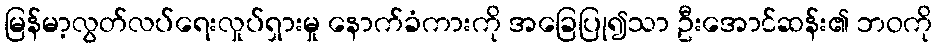
မြန်မာ့လွတ်လပ်ရေးလှုပ်ရှားမှု နောက်ခံကားကို အခြေပြု၍သာ ဦးအောင်ဆန်း၏ ဘဝကို